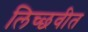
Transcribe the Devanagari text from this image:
लिच्छवीत